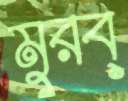
মুরব্